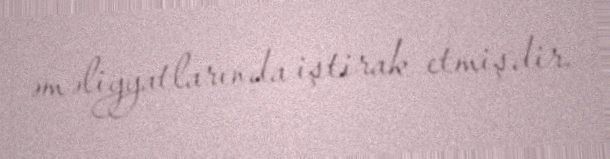
əməliyyatlarında iştirak etmişdir.